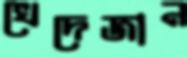
খেদেজান